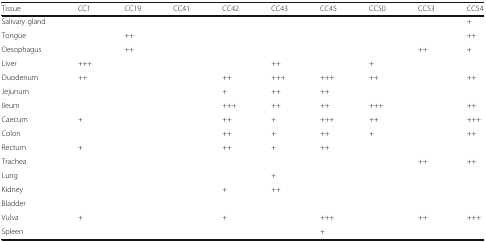
<table><thead><tr><td><b>Tissue</b></td><td><b>CC1</b></td><td><b>CC19</b></td><td><b>CC41</b></td><td><b>CC42</b></td><td><b>CC43</b></td><td><b>CC45</b></td><td><b>CC50</b></td><td><b>CC53</b></td><td><b>CC54</b></td></tr></thead><tbody><tr><td>Salivary gland</td><td></td><td></td><td></td><td></td><td></td><td></td><td></td><td></td><td>+</td></tr><tr><td>Tongue</td><td></td><td>++</td><td></td><td></td><td></td><td></td><td></td><td></td><td>++</td></tr><tr><td>Oesophagus</td><td></td><td>++</td><td></td><td></td><td></td><td></td><td></td><td>++</td><td>+</td></tr><tr><td>Liver</td><td>+++</td><td></td><td></td><td></td><td>++</td><td></td><td>+</td><td></td><td></td></tr><tr><td>Duodenum</td><td>++</td><td></td><td></td><td>++</td><td>+++</td><td>+++</td><td>++</td><td></td><td>++</td></tr><tr><td>Jejunum</td><td></td><td></td><td></td><td>+</td><td>++</td><td>++</td><td></td><td></td><td></td></tr><tr><td>Ileum</td><td></td><td></td><td></td><td>+++</td><td>++</td><td>++</td><td>+++</td><td></td><td>++</td></tr><tr><td>Caecum</td><td>+</td><td></td><td></td><td>++</td><td>+</td><td>+++</td><td>++</td><td></td><td>+++</td></tr><tr><td>Colon</td><td></td><td></td><td></td><td>++</td><td>+</td><td>++</td><td>+</td><td></td><td>++</td></tr><tr><td>Rectum</td><td>+</td><td></td><td></td><td>++</td><td>+</td><td>++</td><td></td><td></td><td></td></tr><tr><td>Trachea</td><td></td><td></td><td></td><td></td><td></td><td></td><td></td><td>++</td><td>++</td></tr><tr><td>Lung</td><td></td><td></td><td></td><td></td><td>+</td><td></td><td></td><td></td><td></td></tr><tr><td>Kidney</td><td></td><td></td><td></td><td>+</td><td>++</td><td></td><td></td><td></td><td></td></tr><tr><td>Bladder</td><td></td><td></td><td></td><td></td><td></td><td></td><td></td><td></td><td></td></tr><tr><td>Vulva</td><td>+</td><td></td><td></td><td>+</td><td></td><td>+++</td><td></td><td>++</td><td>+++</td></tr><tr><td>Spleen</td><td></td><td></td><td></td><td></td><td></td><td>+</td><td></td><td></td><td></td></tr></tbody></table>